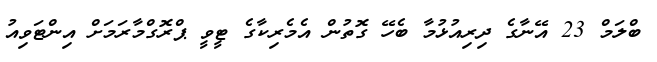
ބްލަމް 23 އޭނާގެ ދިރިއުޅުމާ ބެހޭ ގޮތުން އެމެރިކާގެ ޓީވީ ޕްރޮގްމާރަމަށް އިންޓަވިއު